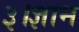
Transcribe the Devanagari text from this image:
३।ज्ञान